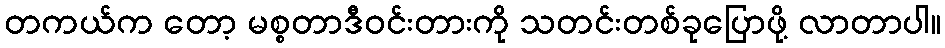
တကယ်က တော့ မစ္စတာဒီဝင်းတားကို သတင်းတစ်ခုပြောဖို့ လာတာပါ။